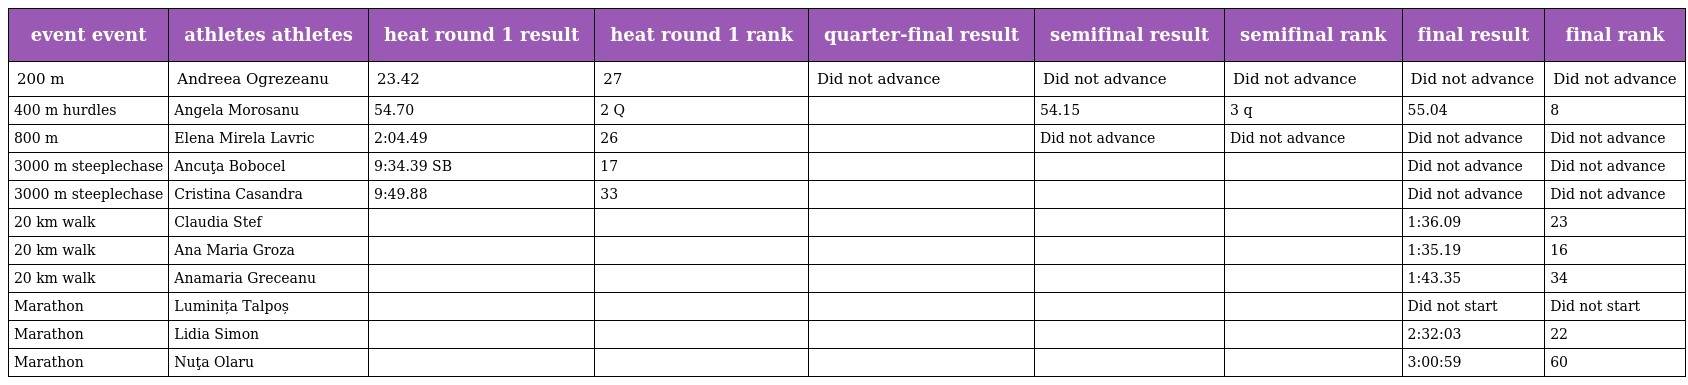
| event event | athletes athletes | heat round 1 result | heat round 1 rank | quarter-final result | semifinal result | semifinal rank | final result | final rank |
 | --- | --- | --- | --- | --- | --- | --- | --- | --- |
 | 200 m | Andreea Ogrezeanu | 23.42 | 27 | Did not advance | Did not advance | Did not advance | Did not advance | Did not advance |
 | 400 m hurdles | Angela Morosanu | 54.70 | 2 Q |  | 54.15 | 3 q | 55.04 | 8 |
 | 800 m | Elena Mirela Lavric | 2:04.49 | 26 |  | Did not advance | Did not advance | Did not advance | Did not advance |
 | 3000 m steeplechase | Ancuţa Bobocel | 9:34.39 SB | 17 |  |  |  | Did not advance | Did not advance |
 | 3000 m steeplechase | Cristina Casandra | 9:49.88 | 33 |  |  |  | Did not advance | Did not advance |
 | 20 km walk | Claudia Stef |  |  |  |  |  | 1:36.09 | 23 |
 | 20 km walk | Ana Maria Groza |  |  |  |  |  | 1:35.19 | 16 |
 | 20 km walk | Anamaria Greceanu |  |  |  |  |  | 1:43.35 | 34 |
 | Marathon | Luminița Talpoș |  |  |  |  |  | Did not start | Did not start |
 | Marathon | Lidia Simon |  |  |  |  |  | 2:32:03 | 22 |
 | Marathon | Nuţa Olaru |  |  |  |  |  | 3:00:59 | 60 |